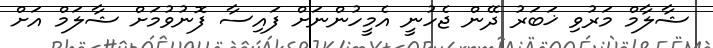
ޝާލާމް މަރުވި ޚަބަރު ދޭން ޖެހުނީ އެމީހުންނަށް ފައިސާ ފޮނުވުމަށް ޝާލަމް އަށް